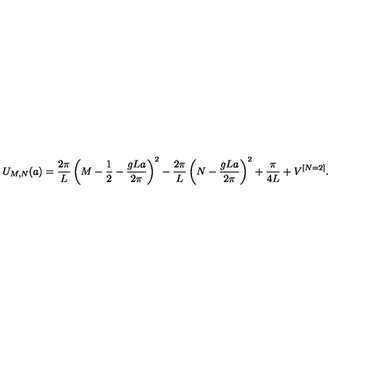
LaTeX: U _ { M , N } ( a ) = { \frac { 2 \pi } { L } } \left( M - { \frac { 1 } { 2 } } - { \frac { g L a } { 2 \pi } } \right) ^ { 2 } - { \frac { 2 \pi } { L } } \left( N - { \frac { g L a } { 2 \pi } } \right) ^ { 2 } + { \frac { \pi } { 4 L } } + V ^ { [ N = 2 ] } .